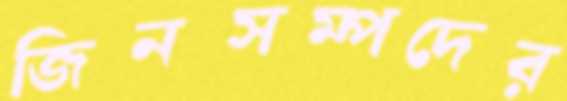
জিনসম্পদের